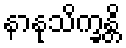
နာနုသိက္ခန္တိ